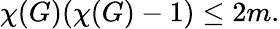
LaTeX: \chi(G)(\chi(G)-1)\leq 2m.